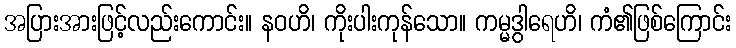
အပြားအားဖြင့်လည်းကောင်း။ နဝဟိ၊ ကိုးပါးကုန်သော။ ကမ္မဒွါရေဟိ၊ ကံ၏ဖြစ်ကြောင်း